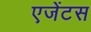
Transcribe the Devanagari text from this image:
एजेंटस